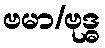
ဗမာ/ဗုဒ္ဓ